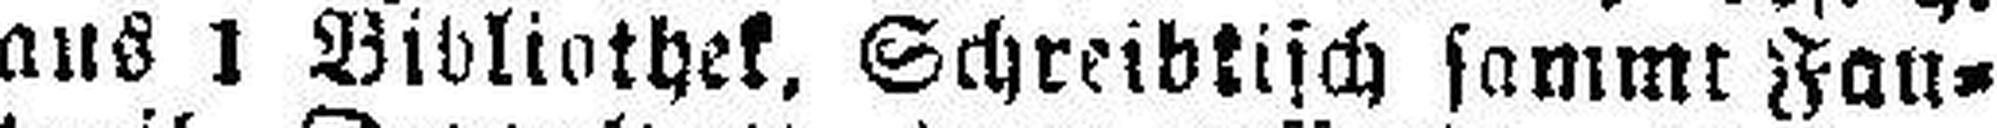
aus 1 Bibliothek. Schreibtisch sammt Fau¬